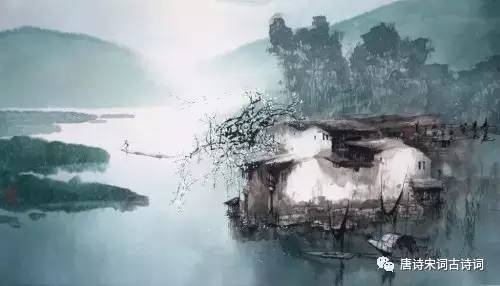
何人解赏西湖好，佳景无时。